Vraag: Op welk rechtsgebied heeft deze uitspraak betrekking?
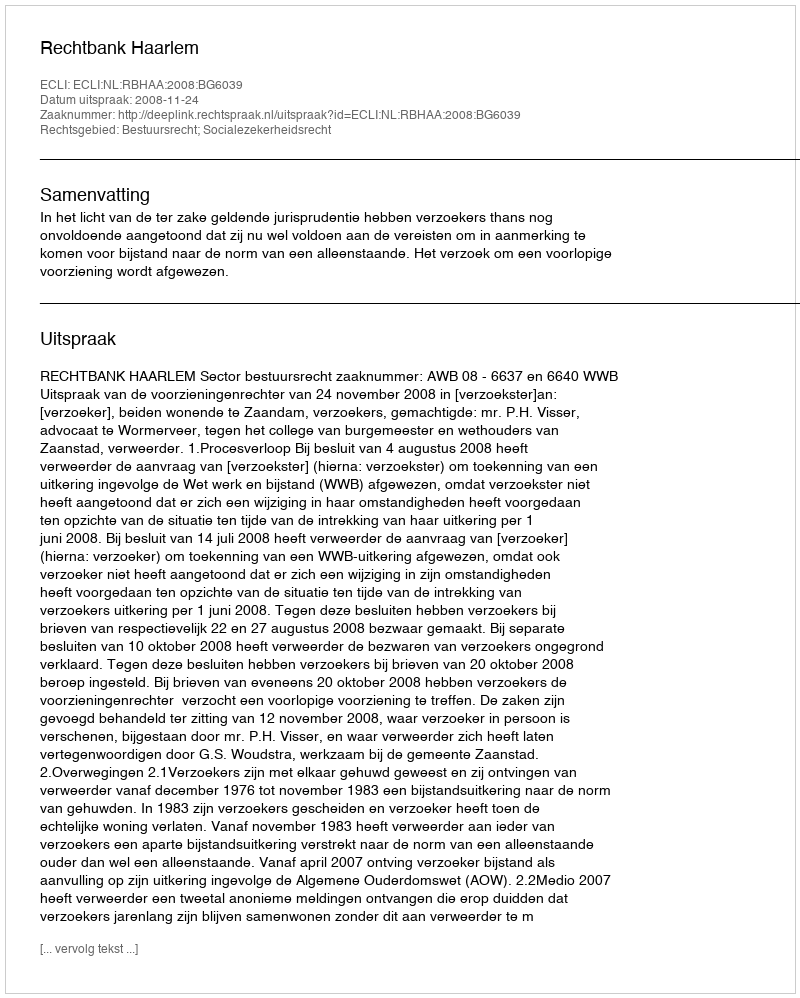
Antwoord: Bestuursrecht; Socialezekerheidsrecht